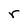
Character: r